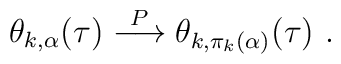
\theta_{k,\alpha}(\tau) \stackrel{P}{\longrightarrow}  \theta_{k,\pi_k(\alpha)}(\tau)~.